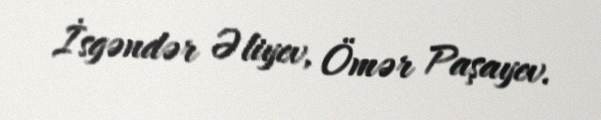
İsgəndər Əliyev, Ömər Paşayev.